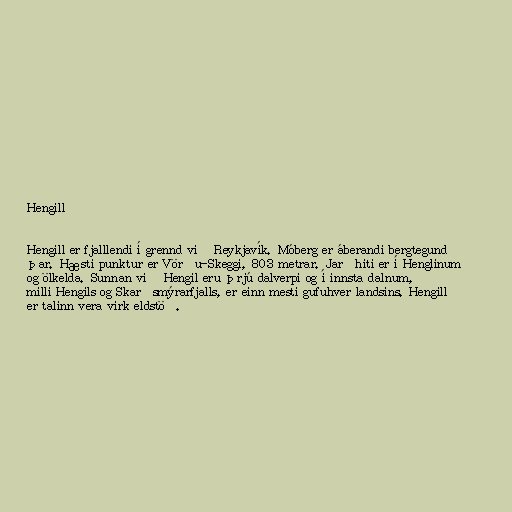
Hengill

Hengill er fjalllendi í grennd við Reykjavík. Móberg er áberandi bergtegund
þar. Hæsti punktur er Vörðu-Skeggi, 803 metrar. Jarðhiti er í Henglinum
og ölkelda. Sunnan við Hengil eru þrjú dalverpi og í innsta dalnum,
milli Hengils og Skarðsmýrarfjalls, er einn mesti gufuhver landsins. Hengill
er talinn vera virk eldstöð.